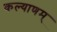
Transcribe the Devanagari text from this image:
कल्‍याणम्